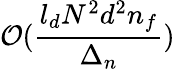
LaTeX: \mathcal{O}(\frac{l_{d}N^{2}d^{2}n_{f}}{\Delta_{n}})